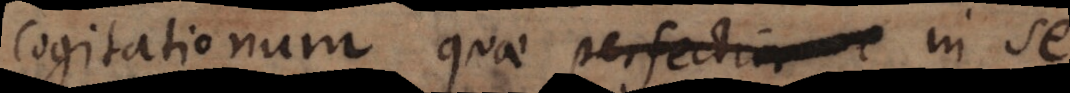
cogitationum quae perfectior e in se